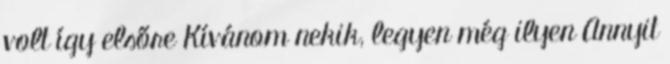
volt így elsőre Kívánom nekik, legyen még ilyen Annyit